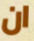
ان